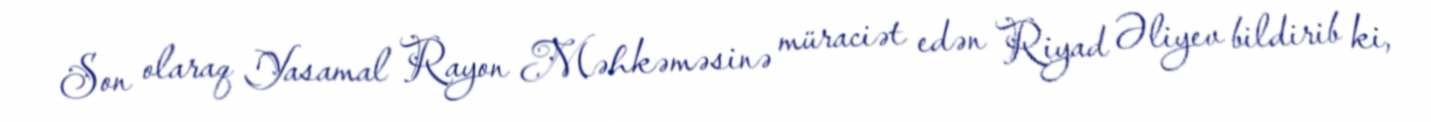
Son olaraq Yasamal Rayon Məhkəməsinə müraciət edən Riyad Əliyev bildirib ki,